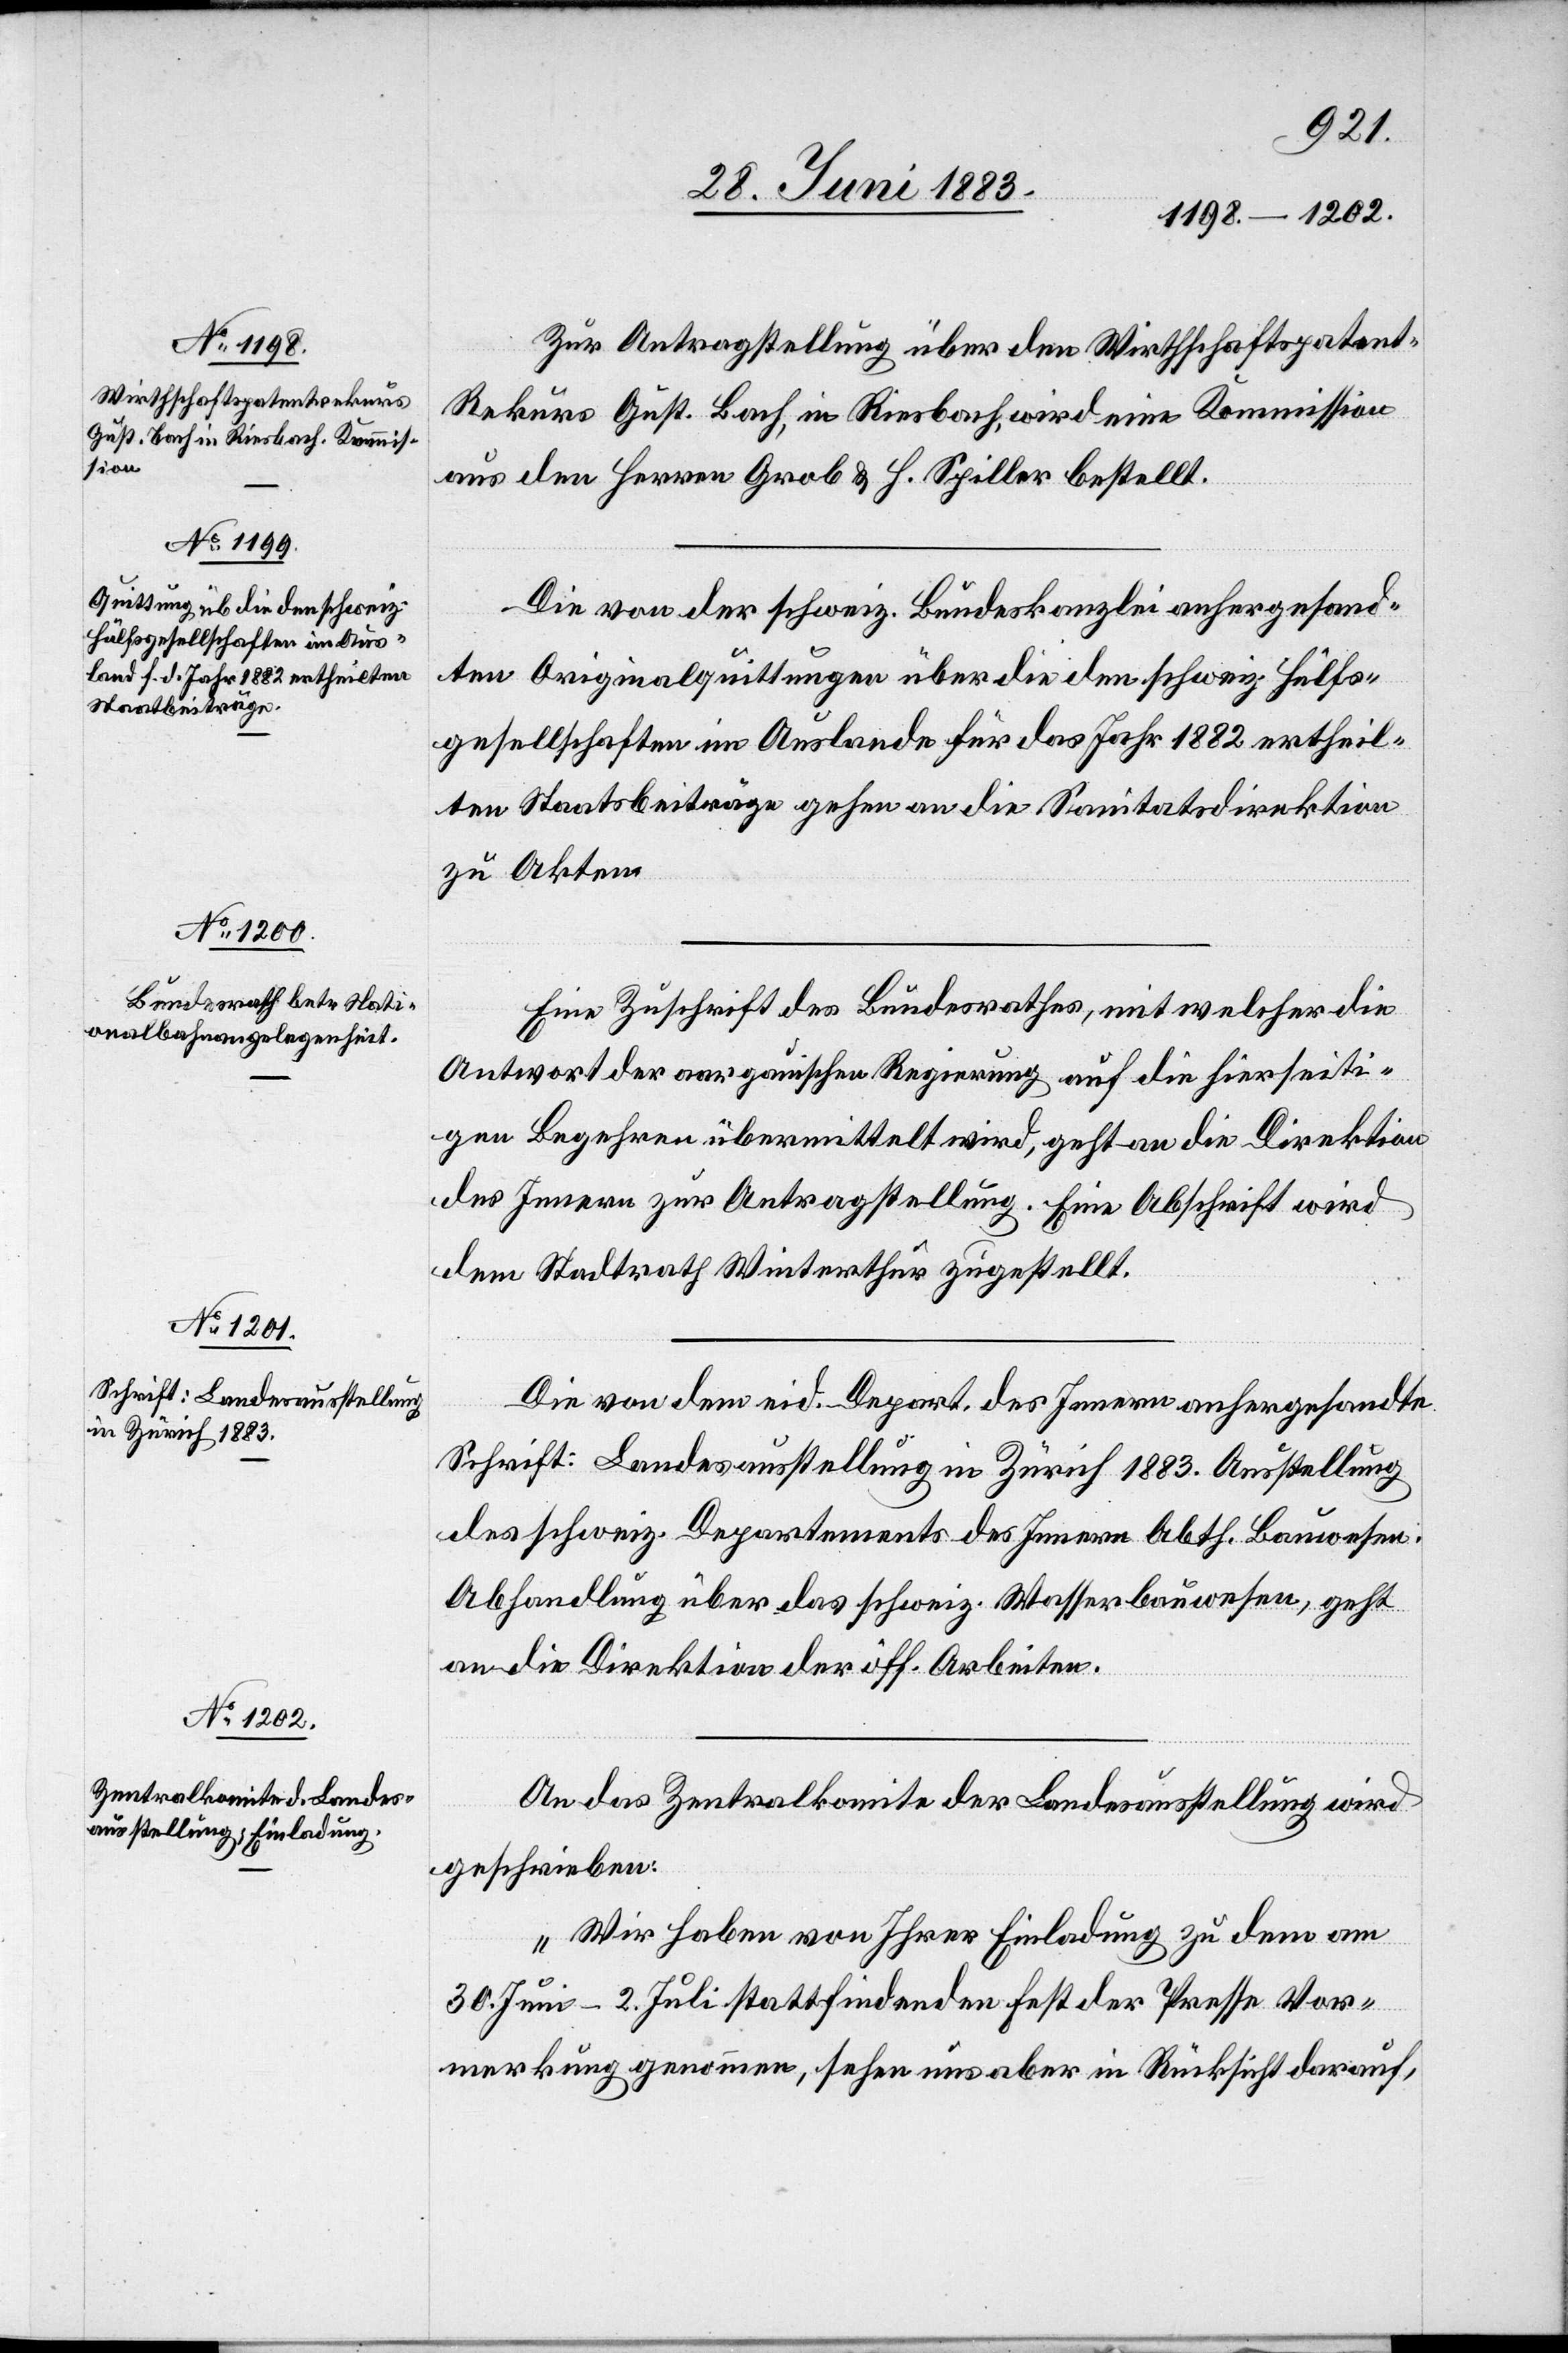
Zur Antragstellung über den Wirthschaftspaten¬
t-Rekurs Gust. Bach, in Riesbach, wird eine Kommission
aus den Herren Grob & H. Spiller bestellt.
Die von der schweiz. Bundeskanzlei anhergesand¬
ten Originalquittungen über die den schweiz. Hülfs¬
gesellschaften im Auslande für das Jahr 1882 ertheil¬
ten Staatsbeiträge gehen an die Sanitatsdirektion
zu Akten.
Eine Zuschrift des Bundesrathes, mit welcher die
Antwort der aargauischen Regierung auf die hierseiti¬
gen Begehren übermittelt wird, geht an die Direktion
des Innern zur Antragstellung. Eine Abschrift wird
dem Stadtrath Winterthur zugestellt.
Die von dem eid. Depart. des Innern anhergesandte
Schrift: Landesausstellung in Zürich 1883. Ausstellung
des schweiz. Departements des Innern Abth. Bauwesen.
Abhandlung über das schweiz. Wasserbauwesen, geht
an die Direktion der öffentlichen
An das Zentralkomite der Landesausstellung wird
geschrieben:
„Wir haben von Ihrer Einladung zu dem am
30. Juni–2. Juli stattfindenden Fest der Presse Vor¬
merkung genommen, sehen uns aber in Rücksicht darauf,